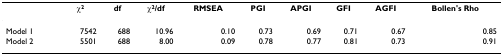
<table><thead><tr><td></td><td><b>χ<sup>2</sup></b></td><td><b>df</b></td><td><b>χ<sup>2</sup>/df</b></td><td><b>RMSEA</b></td><td><b>PGI</b></td><td><b>APGI</b></td><td><b>GFI</b></td><td><b>AGFI</b></td><td><b>Bollen&#x27;s Rho</b></td></tr></thead><tbody><tr><td>Model 1</td><td>7542</td><td>688</td><td>10.96</td><td>0.10</td><td>0.73</td><td>0.69</td><td>0.71</td><td>0.67</td><td>0.85</td></tr><tr><td>Model 2</td><td>5501</td><td>688</td><td>8.00</td><td>0.09</td><td>0.78</td><td>0.77</td><td>0.81</td><td>0.73</td><td>0.91</td></tr></tbody></table>